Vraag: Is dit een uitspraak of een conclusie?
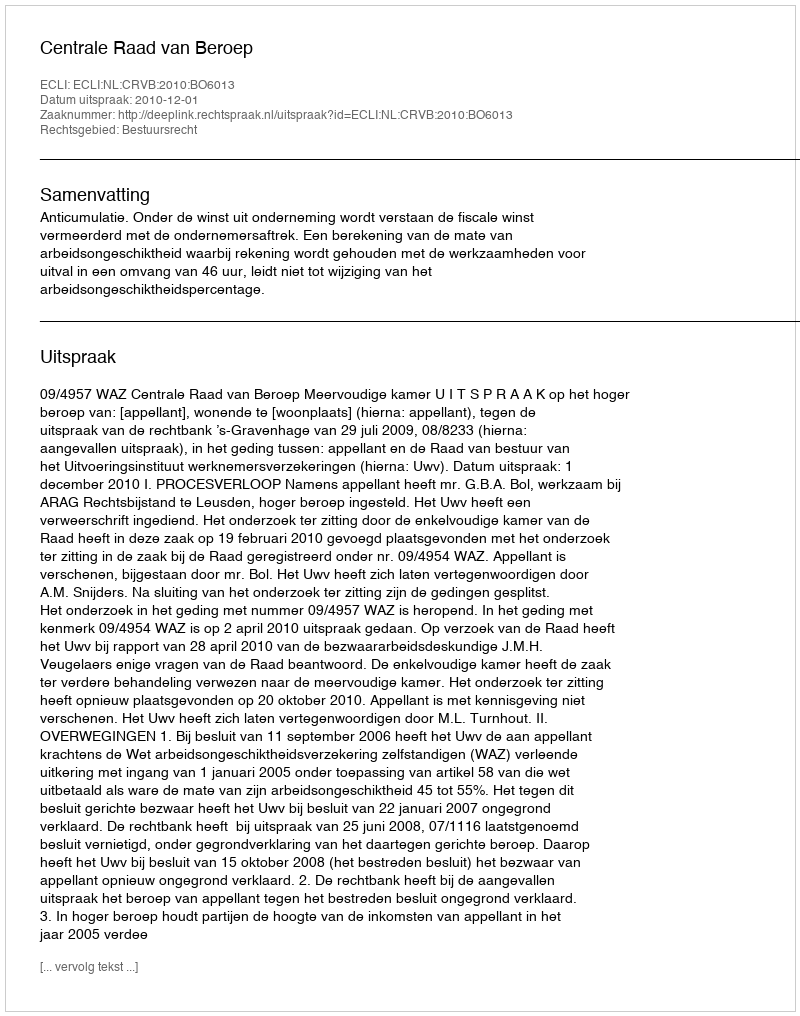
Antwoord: Uitspraak